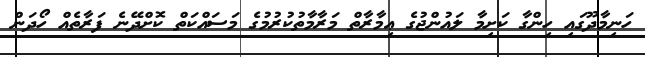
ހަނިމާދޫގައި ހިންގާ ކަށިމާ ލައުންޖުގެ ޢިމާރާތް މަރާމާތުކުރުމުގެ މަސައްކަތް ކޮށްދޭނެ ފަރާތެއް ހޯދަން